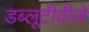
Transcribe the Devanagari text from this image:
डब्लूटीवीजे